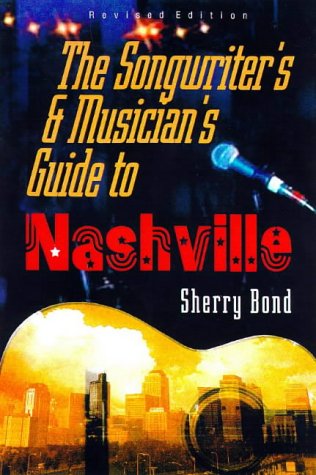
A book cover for The Songwriter's and Musician's guide to Nashville; Sherry Bond; Travel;